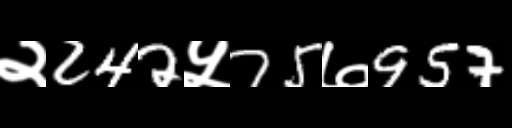
Text: २242५75७957